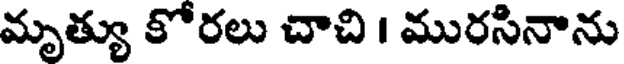
మృత్యు కోరలు చాచి । మురసినాను